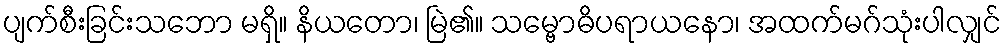
ပျက်စီးခြင်းသဘော မရှိ။ နိယတော၊ မြဲ၏။ သမ္ဗောဓိပရာယနော၊ အထက်မဂ်သုံးပါလျှင်